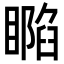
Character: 𥊥